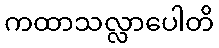
ကထာသလ္လာပေါတိ